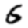
Digit: 6